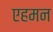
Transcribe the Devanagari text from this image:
एहमन